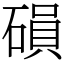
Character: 磒